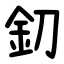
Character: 釖